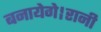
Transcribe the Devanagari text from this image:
बनायेगे।रानी